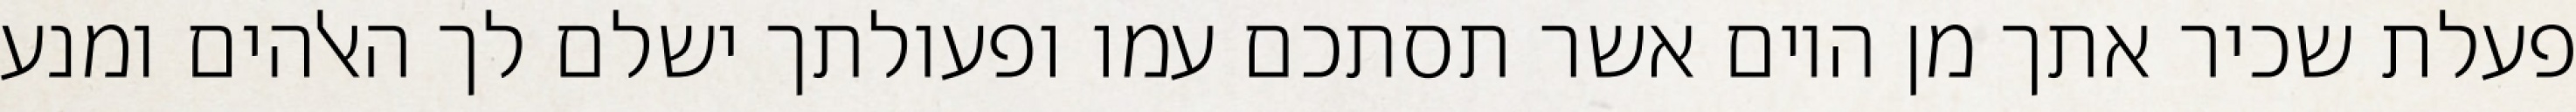
פעלת שכיר אתך מן היום אשר תסתכם עמו ופעולתך ישלם לך האלהים ומנע